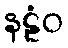
နဠံဝ